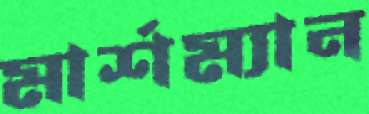
মার্শম্যান